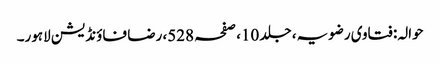
حوالہ: فتاوی رضویہ، جلد 10، صفحہ 528، رضا فاؤنڈیشن لاہور۔